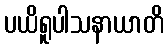
ပယိရူပါသနာယာတိ